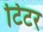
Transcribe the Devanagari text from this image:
टिटर